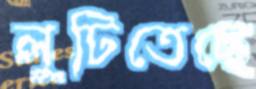
লুটিতেছে